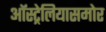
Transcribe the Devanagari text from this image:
ऑस्ट्रेलियासमोर